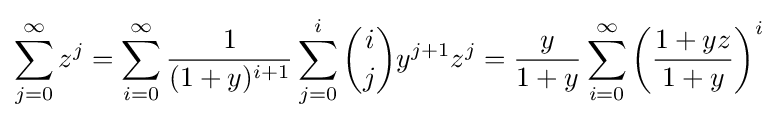
\sum _{j=0}^{\infty }z^{j}=\sum _{i=0}^{\infty }{\frac {1}{(1+y)^{i+1}}}\sum _{j=0}^{i}{\binom {i}{j}}y^{j+1}z^{j}={\frac {y}{1+y}}\sum _{i=0}^{\infty }\left({\frac {1+yz}{1+y}}\right)^{i}